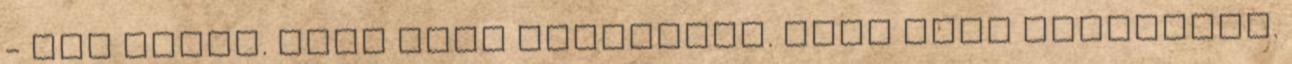
- Épp ezért. Most kell kiképezni. Most kéne elkezdeni.